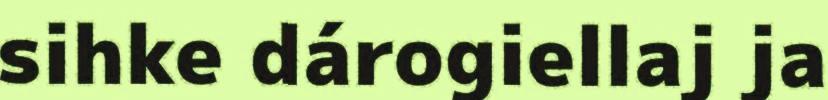
sihke dárogiellaj ja